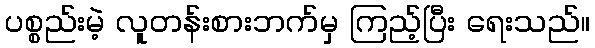
ပစ္စည်းမဲ့ လူတန်းစားဘက်မှ ကြည့်ပြီး ရေးသည်။